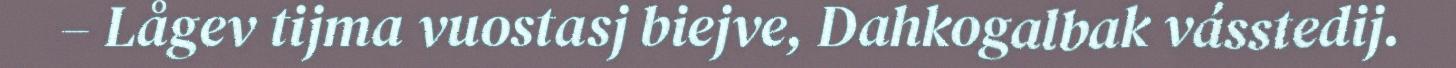
– Lågev tijma vuostasj biejve, Dahkogalbak vásstedij.